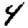
Digit: 4